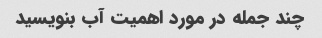
چند جمله در مورد اهمیت آب بنویسید